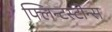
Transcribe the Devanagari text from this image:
फ्लिन्टस्टोन्स